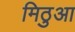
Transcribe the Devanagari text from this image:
मिठुआ